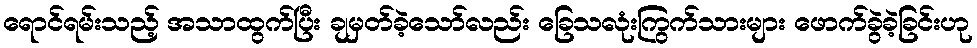
ရောင်ရမ်းသည့် အသာထွက်ပြီး ချမှတ်ခဲ့သော်လည်း ခြေသလုံးကြွက်သားများ ဖောက်ခွဲခဲ့ခြင်းဟု